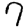
Digit: 9